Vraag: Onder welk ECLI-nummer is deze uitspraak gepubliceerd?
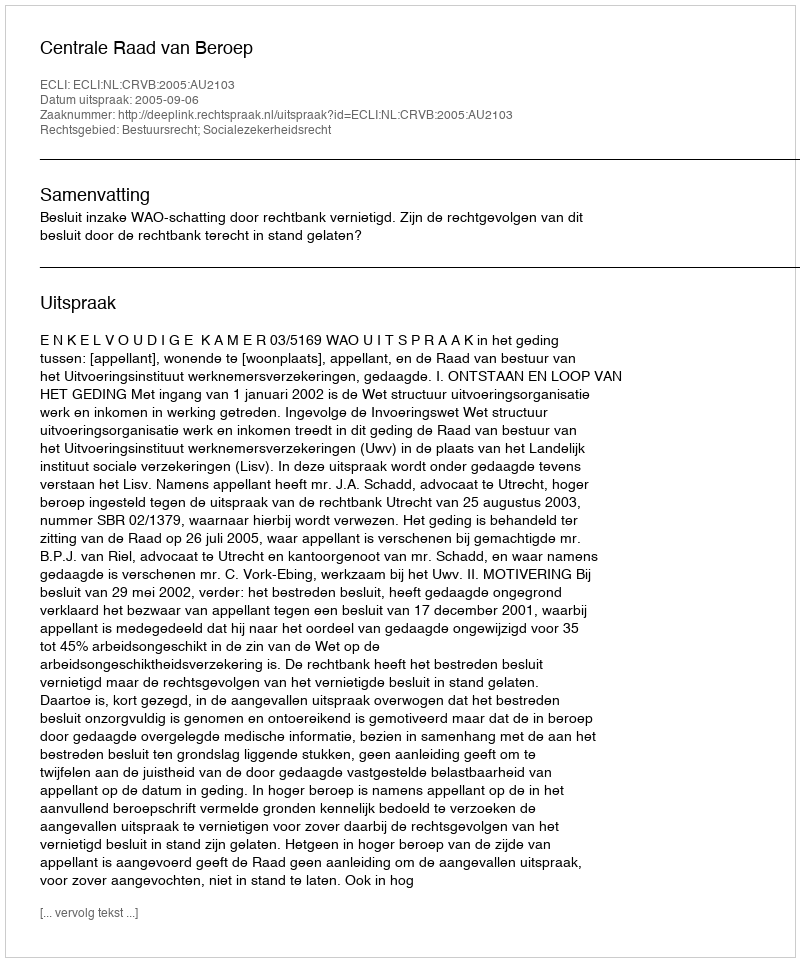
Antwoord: ECLI:NL:CRVB:2005:AU2103